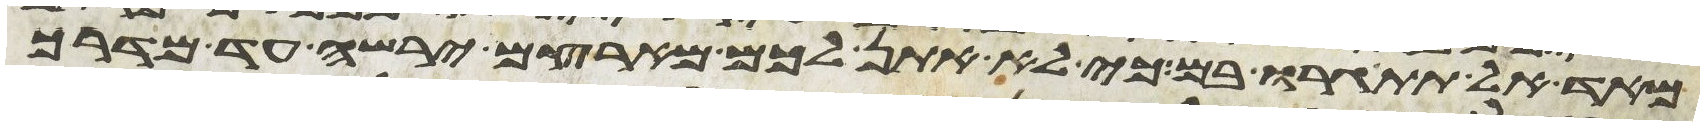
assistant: מאד אל תתגרו בם כי לא אתן לכם מארצם ירשה עד מדרך